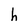
Character: h